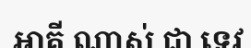
អាគី ណាស់ ជា ទេវ